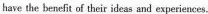
have the beneft of their ideas and experiences.